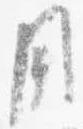
用